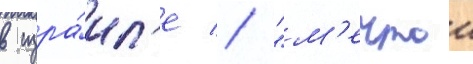
в изра́ил'е // "м'ечтои